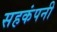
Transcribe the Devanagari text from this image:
सहकंपनी